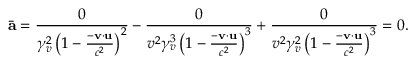
\bar { \mathbf { a } } = \frac { 0 } { \gamma _ { v } ^ { 2 } \left( 1 - \frac { - \mathbf { v } \cdot \mathbf { u } } { c ^ { 2 } } \right) ^ { 2 } } - \frac { 0 } { v ^ { 2 } \gamma _ { v } ^ { 3 } \left( 1 - \frac { - \mathbf { v } \cdot \mathbf { u } } { c ^ { 2 } } \right) ^ { 3 } } + \frac { 0 } { v ^ { 2 } \gamma _ { v } ^ { 2 } \left( 1 - \frac { - \mathbf { v } \cdot \mathbf { u } } { c ^ { 2 } } \right) ^ { 3 } } = 0 .